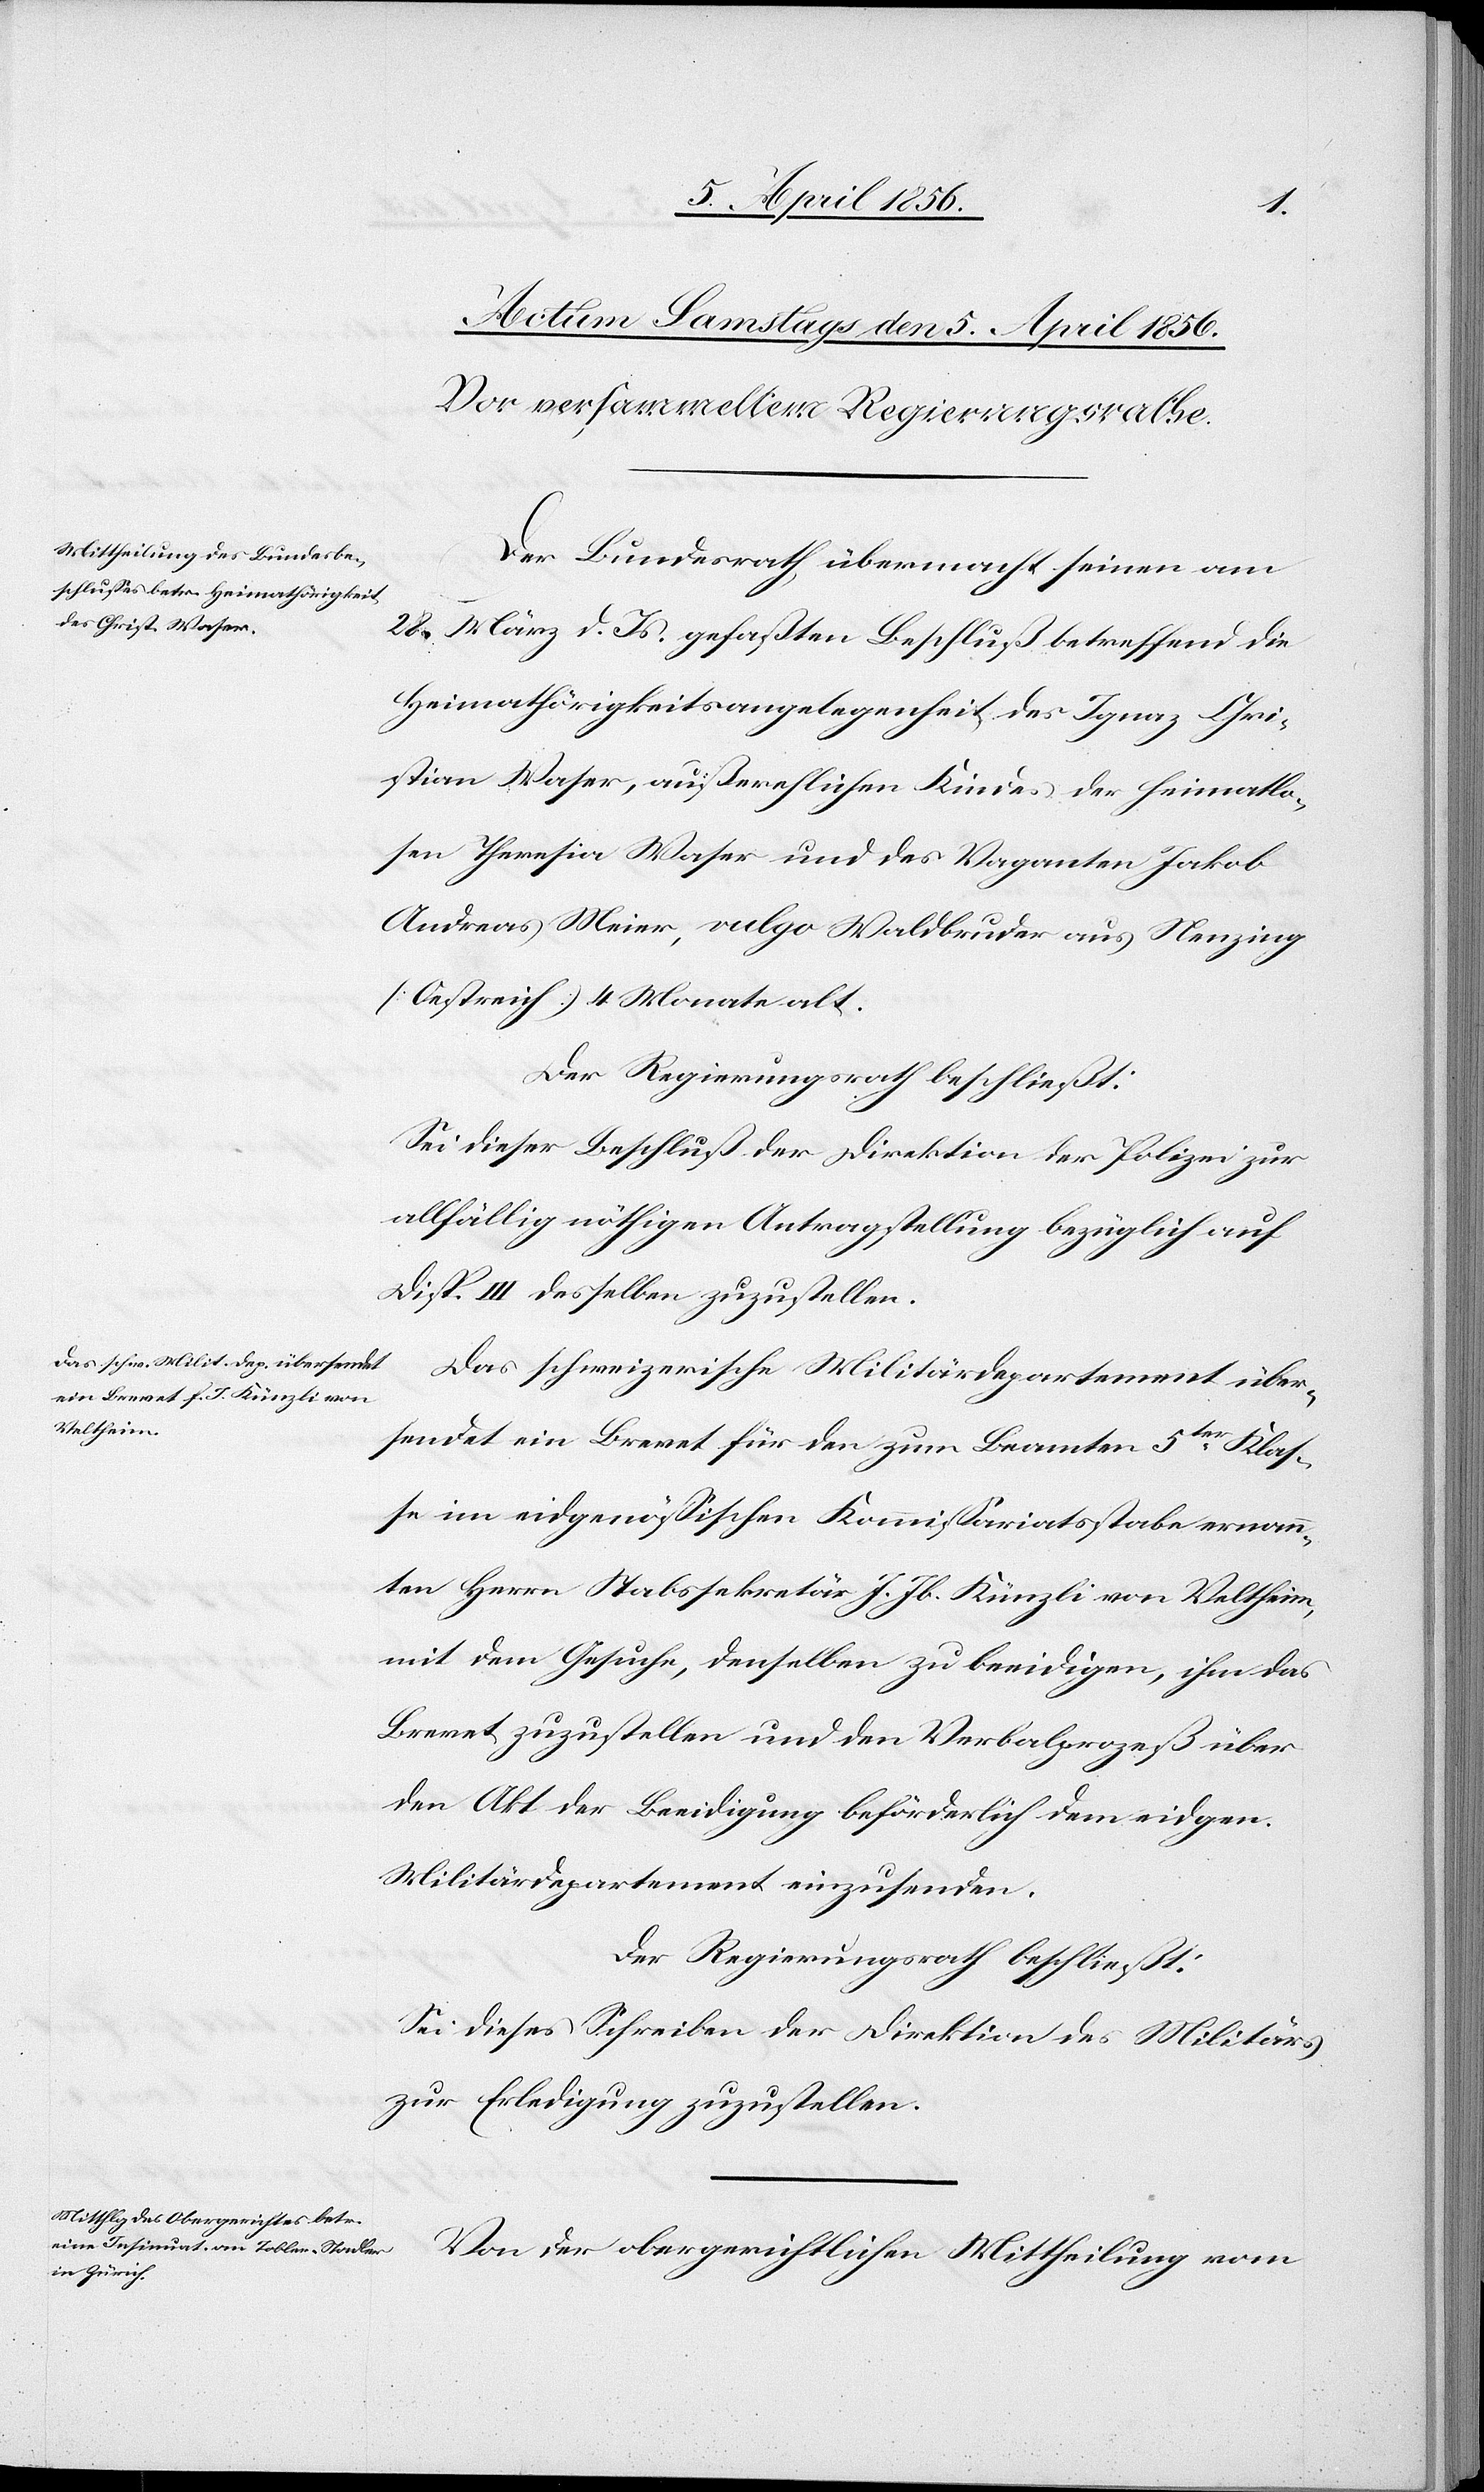
Der Bundesrath übermacht seinen am
28. März d. Js. gefaßten Beschluß betreffend die
Heimathörigkeitsangelegenheit des Ignaz Chri¬
stian Waser, außerehlichen Kindes der heimatlo¬
sen Theresia Waser und des Vaganten Jakob
Andreas Meier, vulgo Waldbruder aus Nenzing
[Oestreich] 4 Monate alt.
Der Regierungsrath beschließt:
Sei dieser Beschluß der Direktion der Polizei zur
allfällig nöthigen Antragstellung bezüglich auf
Disp. III desselben zuzustellen.
Das schweizerische Militärdepartement über¬
sendet ein Brevet für den zum Beamten 5ter Klas¬
se im eidgenössischen Kommissariatsstabe ernann¬
ten Herrn Stabssekretär J. Jb. Künzli von Veltheim,
mit dem Gesuche, denselben zu beeidigen, ihm das
Brevet zuzustellen und den Verbalprozeß über
den Akt der Beeidigung beförderlich dem eidgen.
Militärdepartement einzusenden.
Der Regierungsrath beschließt:
Sei dieses Schreiben der Direktion des Militärs
zu Erledigung zuzustellen.
Von der obergerichtlichen Mittheilung vom